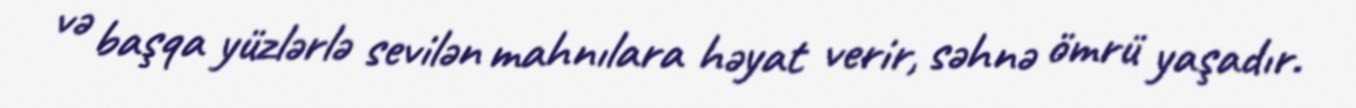
və başqa yüzlərlə sevilən mahnılara həyat verir, səhnə ömrü yaşadır.